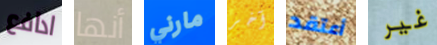
ادافع أنها مارني آخر أعتقد غير